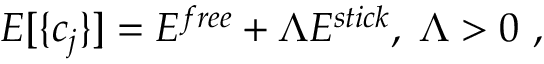
E [ \{ c _ { j } \} ] = E ^ { f r e e } + \Lambda E ^ { s t i c k } , \; \Lambda > 0 \ , \